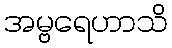
အမ္ဗရေဟာသိ